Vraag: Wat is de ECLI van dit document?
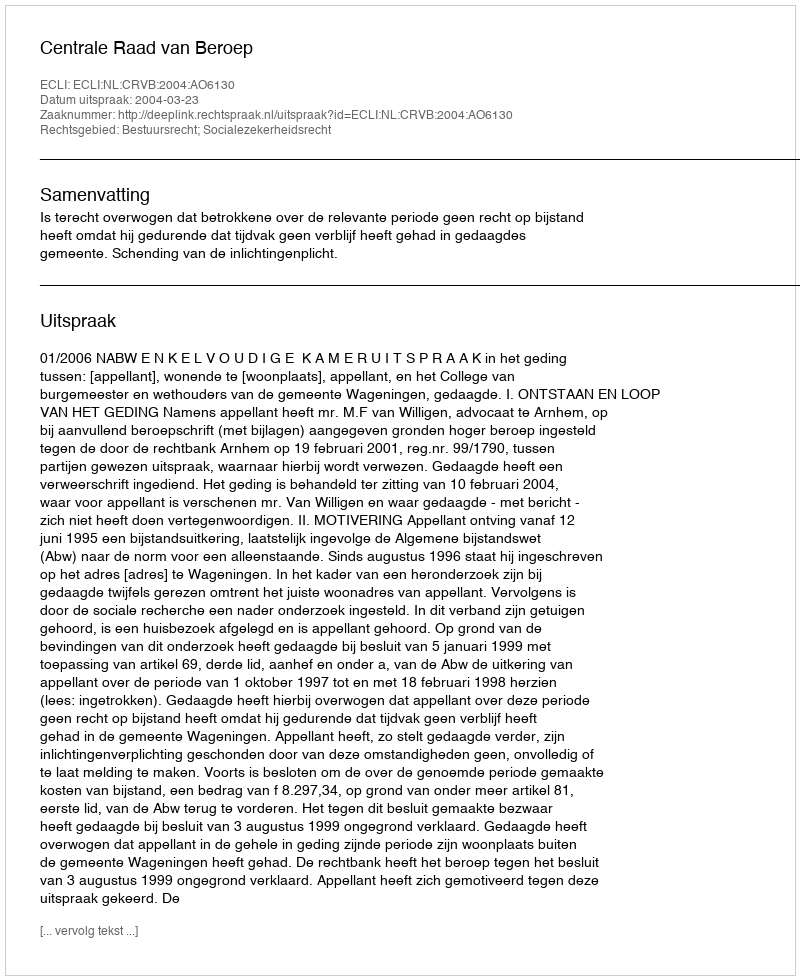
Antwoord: ECLI:NL:CRVB:2004:AO6130